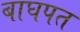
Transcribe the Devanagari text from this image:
बाघपत